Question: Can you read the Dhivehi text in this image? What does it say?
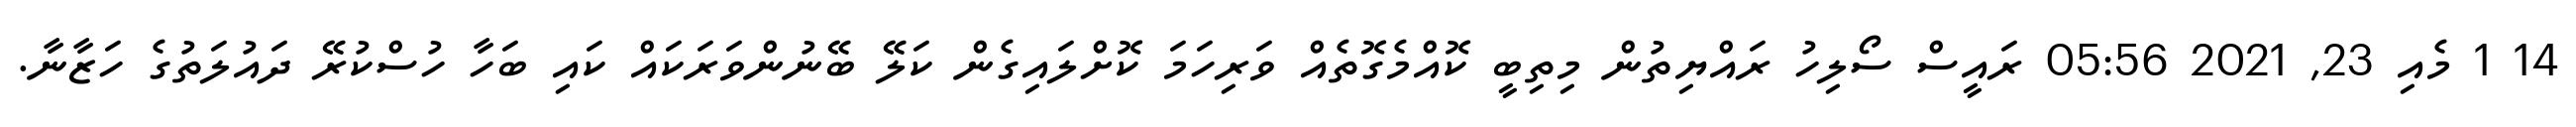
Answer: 14 1 މެއި 23, 2021 05:56 ރައީސް ސޯލިހު ރައްޔިތުން މިތިބީ ކޮއްމެގޮތެއް ވަރިހަމަ ކޮށްލައިގެން ކަލޭ ބޭނުންވަރަކައް ކައި ބަހާ ހުސްކުރޭ ދައުލަތުގެ ހަޒާނާ.